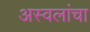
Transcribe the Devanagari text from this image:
अस्वलांचा